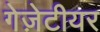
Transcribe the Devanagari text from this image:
गेज़ेटीयर